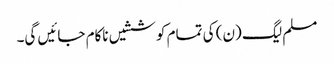
مسلم لیگ (ن) کی تمام کوششیں ناکام جائیں گی۔